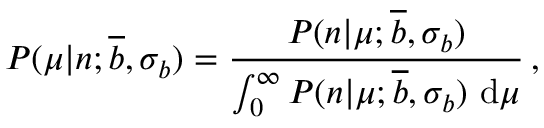
P ( \mu | n ; \overline { { { b } } } , \sigma _ { b } ) = \frac { P ( n | \mu ; \overline { { { b } } } , \sigma _ { b } ) } { \int _ { 0 } ^ { \infty } P ( n | \mu ; \overline { { { b } } } , \sigma _ { b } ) \ \mathrm { d } \mu } \, ,